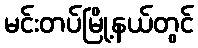
မင်းတပ်မြို့နယ်တွင်